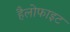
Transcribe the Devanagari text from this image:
हैलोफाइट